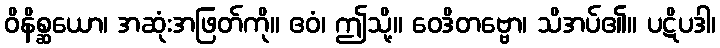
ဝိနိစ္ဆယော၊ အဆုံးအဖြတ်ကို။ ဧဝံ၊ ဤသို့။ ဝေဒိတဗ္ဗော၊ သိအပ်၏။ ပဋိပဒါ၊